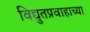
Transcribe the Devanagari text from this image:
विद्युतप्रवाहाच्या